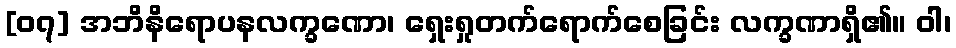
[၀၇] အဘိနိရောပနလက္ခဏော၊ ရှေးရှုတက်ရောက်စေခြင်း လက္ခဏာရှိ၏။ ဝါ၊